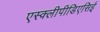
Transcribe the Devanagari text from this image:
एस्क्लीपीडिएसिई